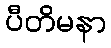
ပီတိမနာ